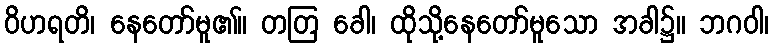
ဝိဟရတိ၊ နေတော်မူ၏။ တတြ ခေါ၊ ထိုသို့နေတော်မူသော အခါ၌။ ဘဂဝါ၊